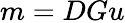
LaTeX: m=DGu